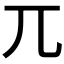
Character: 兀